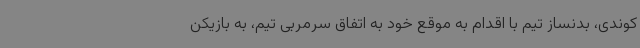
کوندی، بدنساز تیم با اقدام به موقع خود به اتفاق سرمربی تیم، به بازیکن